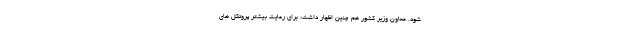
شود. معاون وزیر کشور هم چنین اظهار داشت: برای رعایت بیشتر پروتکل های